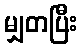
မျှတပြီး